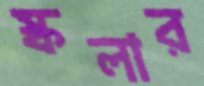
স্কলার